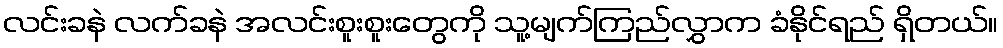
လင်းခနဲ လက်ခနဲ အလင်းစူးစူးတွေကို သူ့မျက်ကြည်လွှာက ခံနိုင်ရည် ရှိတယ်။